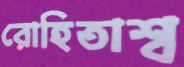
রোহিতাশ্ব